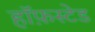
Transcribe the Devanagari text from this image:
हॉफ़स्टेड